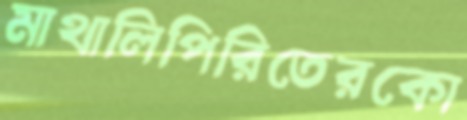
মাথালিপিরিতেরকো